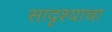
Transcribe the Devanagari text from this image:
सादृश्याचा